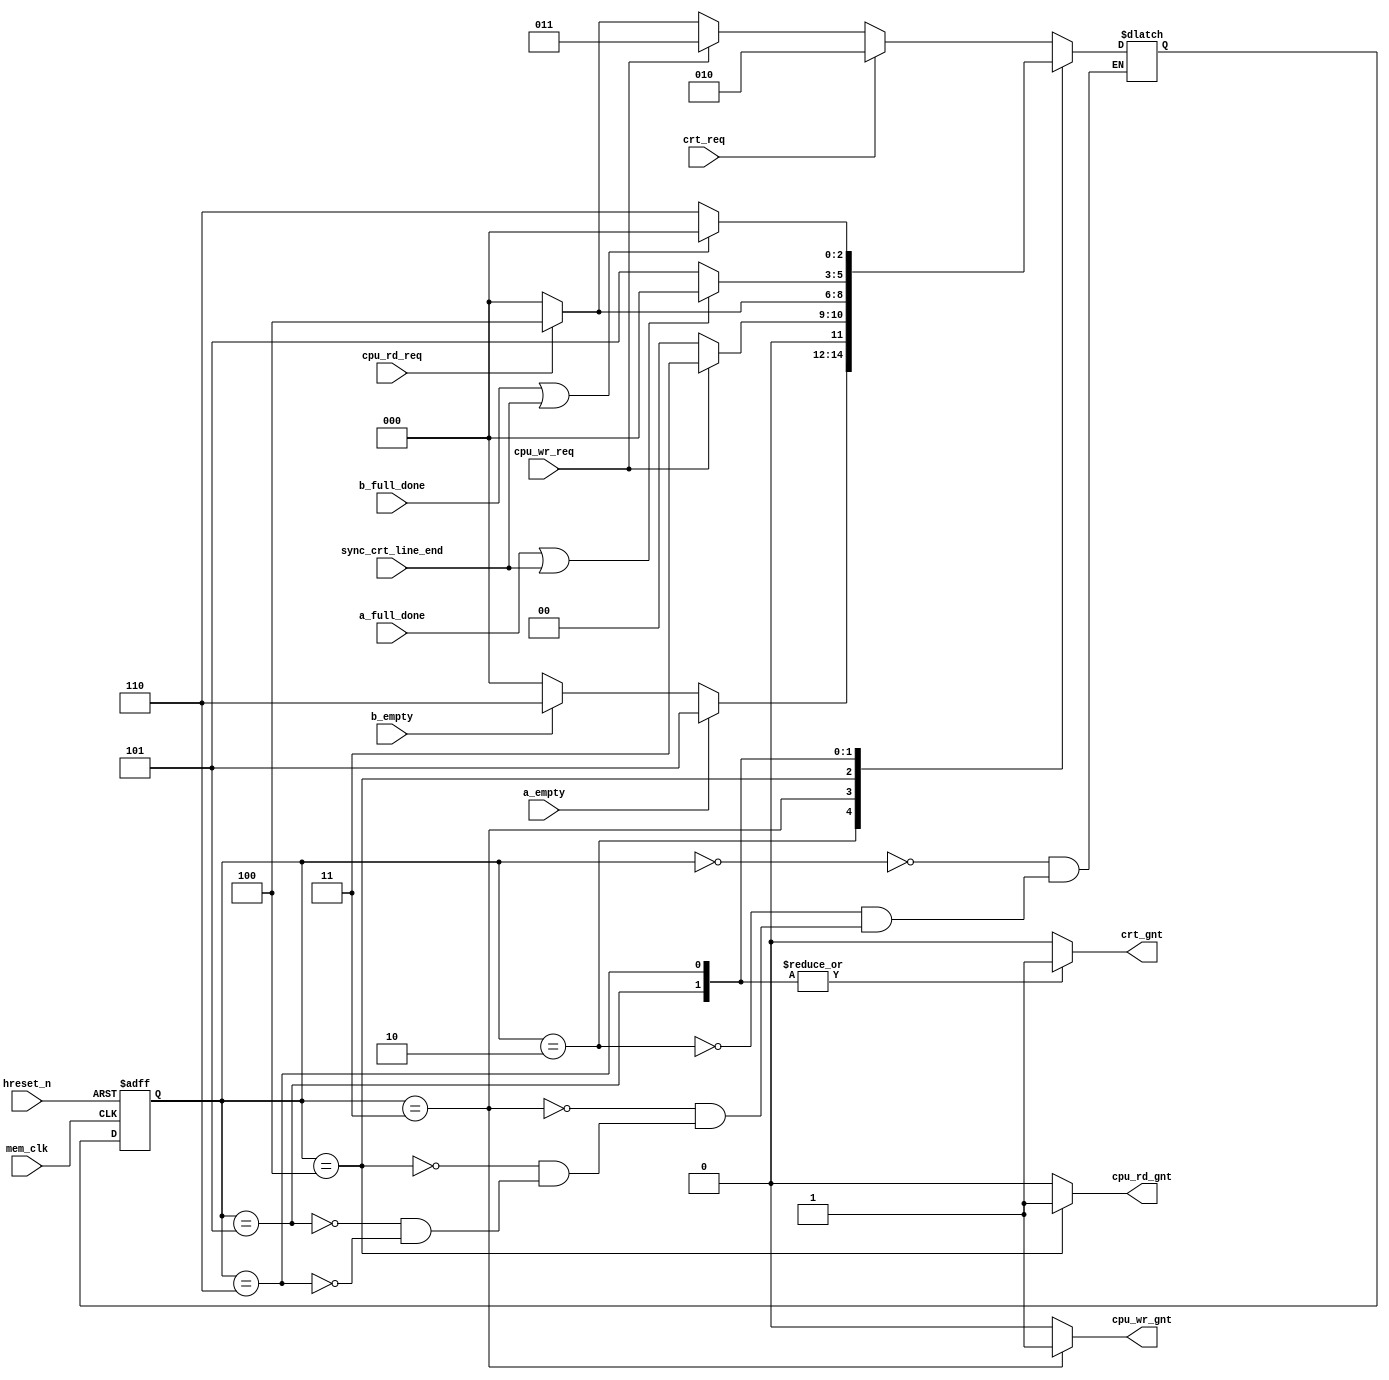
module sm_arb
  (
   input        mem_clk,
   input        hreset_n,
   input        crt_req,
   input        cpu_rd_req,
   input        cpu_wr_req,
   input        a_empty,
   input        b_empty,
   input        a_full_done,
   input        b_full_done,
   input        sync_crt_line_end,
   output reg   crt_gnt,   	   
   output reg   cpu_wr_gnt,	   
   output reg   cpu_rd_gnt
   );
  reg [2:0] current_state;
  reg [2:0] next_state;
  parameter arb_state0    = 3'd0,
	    arb_state2    = 3'd2,
	    arb_state3    = 3'd3,
	    arb_state4    = 3'd4,
	    arb_state5    = 3'd5,
	    arb_state6    = 3'd6;
  always @(posedge mem_clk or negedge hreset_n) begin
    if (!hreset_n) current_state <= arb_state0;
    else           current_state <= next_state;
  end
  always @* begin
    crt_gnt     = 1'b0;
    cpu_wr_gnt  = 1'b0;
    cpu_rd_gnt  = 1'b0;
    case (current_state) 
      arb_state0: begin
	if (crt_req)         next_state = arb_state2;
        else if (cpu_wr_req) next_state = arb_state3;
        else if (cpu_rd_req) next_state = arb_state4;
        else                 next_state = arb_state0;
      end	     
      arb_state2: begin
        if (a_empty)      next_state = arb_state5;
	else if (b_empty) next_state = arb_state6;
	else              next_state = arb_state0;
      end
      arb_state3: begin
	cpu_wr_gnt = 1'b1;
        if (~cpu_wr_req) next_state = arb_state0;
	else             next_state = arb_state3;
      end
      arb_state4: begin
	cpu_rd_gnt = 1'b1;
        if (~cpu_rd_req) next_state = arb_state0;
	else             next_state = arb_state4;
      end
      arb_state5: begin
        crt_gnt = 1'b1;
        if (a_full_done | sync_crt_line_end) next_state = arb_state0;
        else                                 next_state = arb_state5;
      end
      arb_state6: begin
        crt_gnt = 1'b1;
        if (b_full_done | sync_crt_line_end) next_state = arb_state0;
        else                                 next_state = arb_state6;
      end
    endcase               
  end     
endmodule